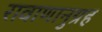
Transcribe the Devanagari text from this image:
रावाणानुग्रह